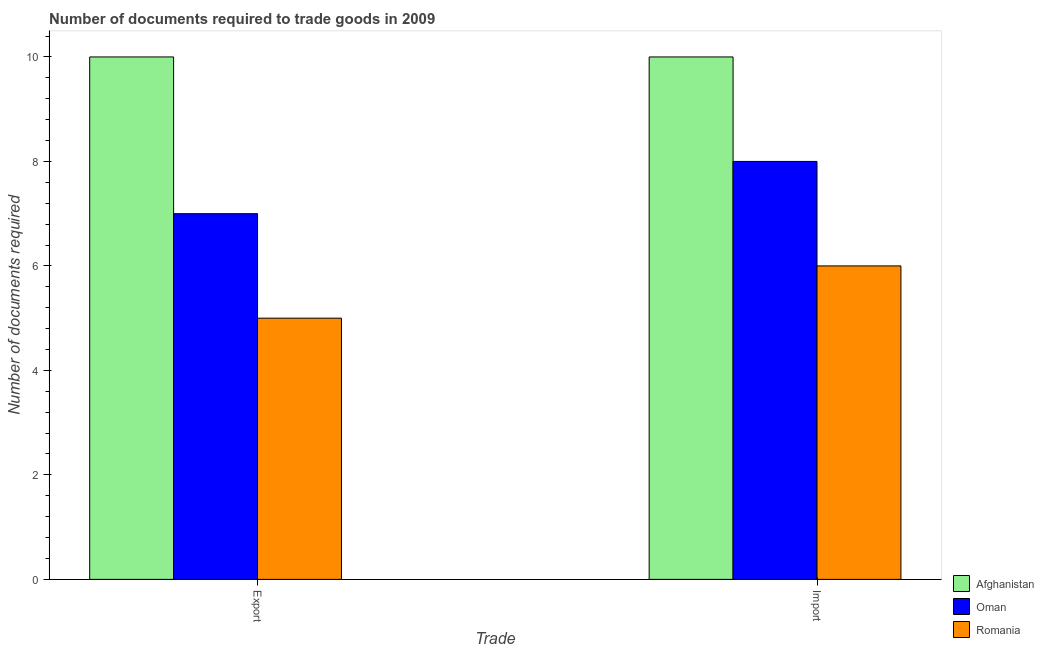
| Trade | Afghanistan | Oman | Romania |
 | --- | --- | --- | --- |
 | Export | 10 | 7 | 5 |
 | Import | 10 | 8 | 6 |